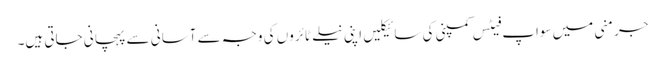
جرمنی میں سواپ فیٹس کمپنی کی سائیکلیں اپنی نیلے ٹائروں کی وجہ سے آسانی سے پہچانی جاتی ہیں۔